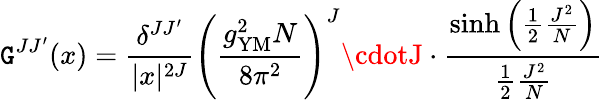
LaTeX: \mathtt{G}^{JJ^{\prime}}(x)=\frac{{\delta^{JJ^{\prime}}}}{{|x|^{2J}}}\left(\frac{{g_{\mathrm{{YM}}}^{2}N}}{{8\pi^{2}}}\right)^{J}\cdotJ\cdot\frac{{\sinh\left(\frac{{1}}{{2}}\frac{{J^{2}}}{{N}}\right)}}{{\frac{{1}}{{2}}\frac{{J^{2}}}{{N}}}}